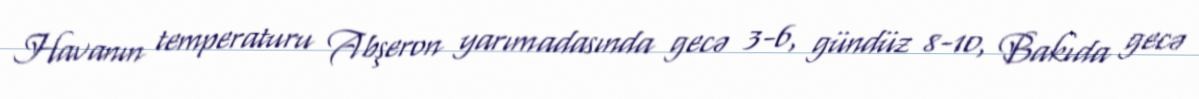
Havanın temperaturu Abşeron yarımadasında gecə 3-6, gündüz 8-10, Bakıda gecə